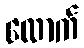
လောက်